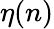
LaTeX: \eta(n)